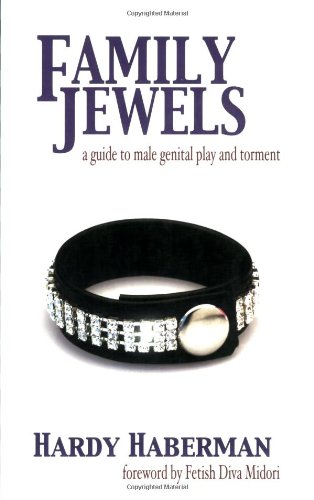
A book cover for Family Jewels: A Guide to Male Genital Play and Torment; Hardy Haberman; Gay & Lesbian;